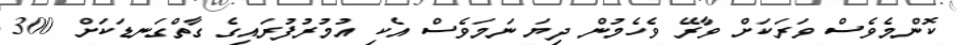
ކޮންމެވެސް ވަރަކަށް ވާރޭ ވެހެމުން ދިޔަ ނަމަވެސް އެކި އުމުރުފުރައިގެ ގާތްގަނޑަކަށް 300